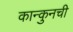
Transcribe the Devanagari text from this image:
कान्कुनची